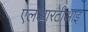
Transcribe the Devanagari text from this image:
एलआरटीआइ